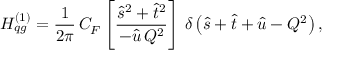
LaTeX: H _ { q g } ^ { ( 1 ) } = \frac { 1 } { 2 \pi } \, C _ { F } \left[ \frac { \hat { s } ^ { 2 } + \hat { t } ^ { 2 } } { - \hat { u } \, Q ^ { 2 } } \right] \, \delta \left( \hat { s } + \hat { t } + \hat { u } - Q ^ { 2 } \right) ,